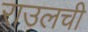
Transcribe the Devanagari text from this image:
राउलची